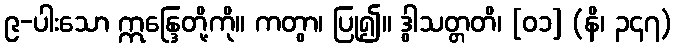
၉-ပါးသော ဣန္ဒြေတို့ကို။ ကတွာ၊ ပြု၍။ ဒွါသတ္တတိ၊ [၀၁] (နိ၊ ၃၄၇)